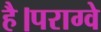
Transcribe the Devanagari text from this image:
है।पराग्वे